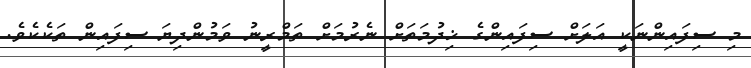
މި ސިފައިންނަކީ އަލަށް ސިފައިންގެ ޚިދުމަތަށް ނެރުމަށް ތަމްރީނު ވަމުންދިޔަ ސިފައިން ތަކެކެވެ.